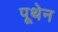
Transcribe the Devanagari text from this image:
पूथेन